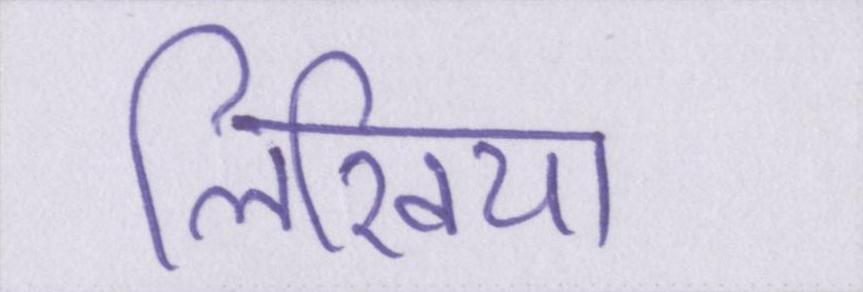
लिखिया